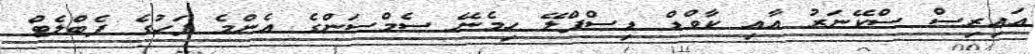
އައިރިސް ސްކޭނަރު އާއި ކާވްޑް ޑިސްޕްލޭ ހިމެނޭ ސެމްސަންގެ އެންމެ ފަހުގެ ފެބްލެޓް